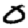
Digit: 0